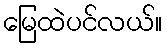
မြေထဲပင်လယ်။